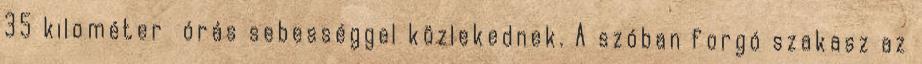
35 kilométer órás sebességgel közlekednek. A szóban forgó szakasz az